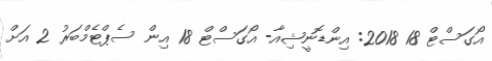
އޯގަސްޓް 18 2018: އިންޑޮނީޝިއާ- އޯގަސްޓް 18 އިން ސެޕްޓެމްބަރު 2 އަށް